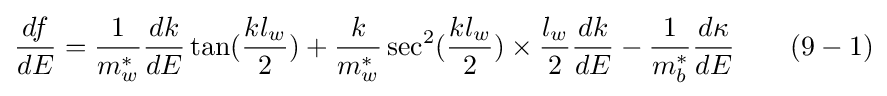
{\frac {df}{dE}}={\frac {1}{m_{w}^{*}}}{\frac {dk}{dE}}\tan({\frac {kl_{w}}{2}})+{\frac {k}{m_{w}^{*}}}\sec ^{2}({\frac {kl_{w}}{2}})\times {\frac {l_{w}}{2}}{\frac {dk}{dE}}-{\frac {1}{m_{b}^{*}}}{\frac {d\kappa }{dE}}\quad \quad (9-1)